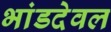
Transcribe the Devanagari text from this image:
भांडदेवल